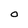
Character: O